Studies on the mouth parts a Comparative anatomy of the proboscis in the blood-sucking muscidae - Number 60
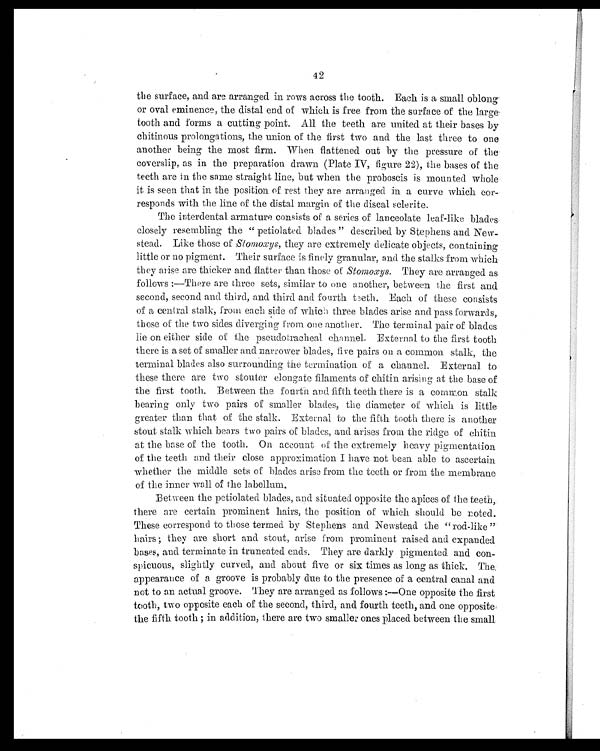
42
the surface, and are arranged in rows across the tooth. Each is a small oblong-
or oval eminence, the distal end of which is free from the surface of the large
-tooth and forms a cutting point. All the teeth are united at their bases by
chitinous prolongations, the union of the first two and the last three to one
another being the most firm. When flattened out by the pressure of the
coverslip, as in the preparation drawn (Plate IV, figure 22), the bases of the
teeth are in the same straight line, but when the proboscis is mounted whole-
it is seen that in the position of rest they are arranged in a curve which cor
responds with the line of the distal margin of the discal sclerite.
The interdental armature consists of a series of lanceolate leaf-like blades.
closely resembling the " petiolated blades " described by Stephens and New-
stead. Like those of Stomxys , they are extremely delicate objects, containing
little or no pigment. Their surface is finely granular, and the stalks from which
they arise are thicker and flatter than those of Stomoxys . They are arranged as
follows :—There are three sets, similar to one another, between the first and
second, second and third, and third and fourth teeth. Each of these consists
of a central stalk, from each side of which three blades arise and pass forwards,.
those of the two sides diverging from one another. The terminal pair of blades
lie on either side of the pseudotracheal channel. External to the first tooth
there is a set of smaller and narrower blades, five pairs on a common stalk, the
terminal blades also surrounding the termination of a channel. External to
these there are two stouter elongate filaments of chitin arising at the base of
the first tooth. Between the fourth and fifth teeth there is a common stalk
bearing only two pairs of smaller blades, the diameter of which is little
greater than that of the stalk. External to the fifth tooth there is another
stout stalk which bears two pairs of blades, and arises from the ridge of chitin
at the base of the tooth. On account of the extremely heavy pigmentation
of the teeth and their close approximation I have not been able to ascertain
whether the middle sets of blades arise from the teeth or from the membrane
of the inner wall of the labellum.
Between the petiolated blades, and situated opposite the apices of the teeth,.
there are certain prominent hairs, the position of which should be noted.
These correspond to those termed by Stephens and Newstead the "rod-like "
h a i r s ; t h e y a r e s h o r t a n d s t o u t , a r i s e f r o m p r o m i n e n t r a i s e d a n d e x p a n d e d
bases, and terminate in truncated ends. They are darkly pigmented. and con-
spicuous, slightly curved, and about five or six times as long as thick. The.
appearance of a groove is probably due to the presence of a central canal and
not to an actual groove. They are arranged as follows:—One opposite the first
tooth, two opposite each of the second, third, and fourth teeth, and one opposite,
the fifth tooth; in addition, there are two smaller ones placed between the small